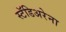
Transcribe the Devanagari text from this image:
स्टॅडिअरेना